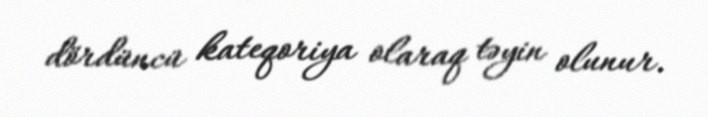
dördüncü kateqoriya olaraq təyin olunur.